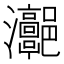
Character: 𤅻